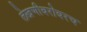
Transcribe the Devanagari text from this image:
लेखणीबरोबरच